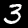
Label: 3